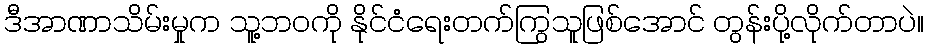
ဒီအာဏာသိမ်းမှုက သူ့ဘဝကို နိုင်ငံရေးတက်ကြွသူဖြစ်အောင် တွန်းပို့လိုက်တာပဲ။